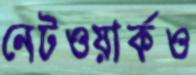
নেটওয়ার্কও